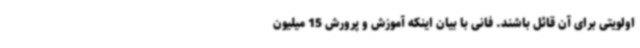
اولویتی برای آن قائل باشند. فانی با بیان اینکه آموزش و پرورش 15 میلیون